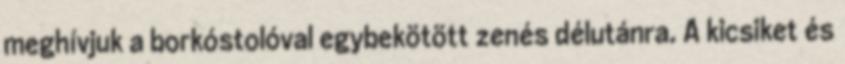
meghívjuk a borkóstolóval egybekötött zenés délutánra. A kicsiket és